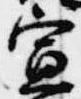
宣